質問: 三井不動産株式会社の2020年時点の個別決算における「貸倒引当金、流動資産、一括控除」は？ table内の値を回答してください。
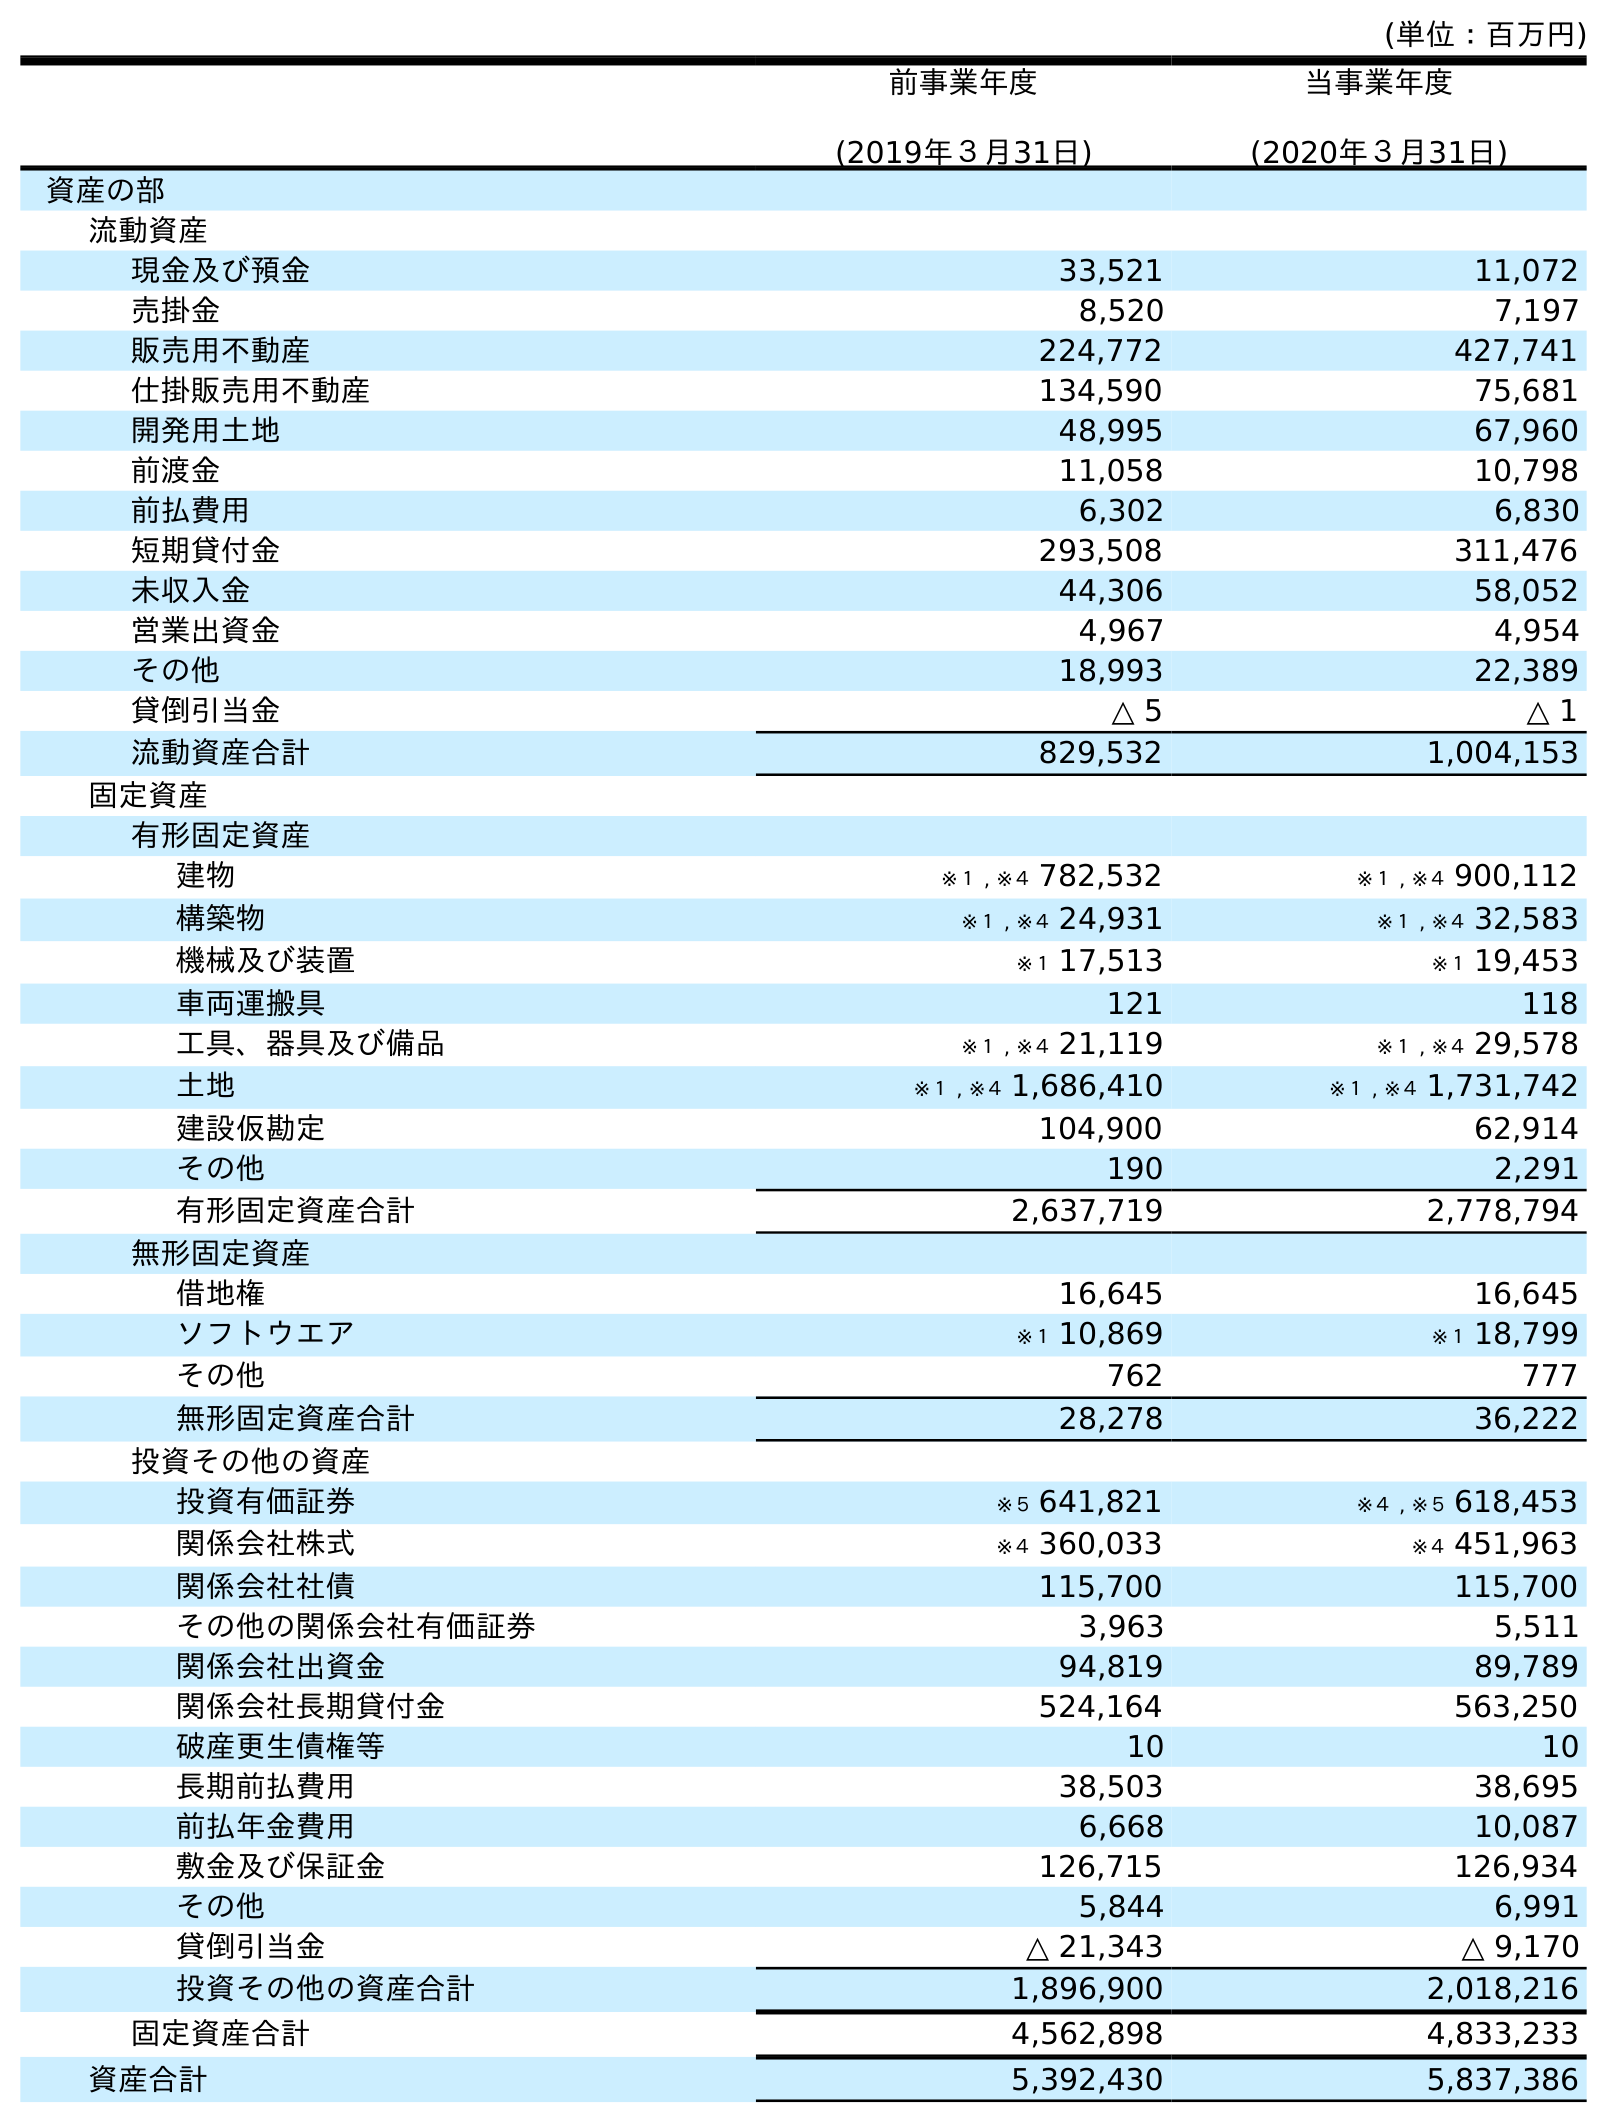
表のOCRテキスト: (単位：百万円) 前事業年度 (2019年３月31日) 当事業年度 (2020年３月31日) 資産の部 流動資産 現金及び預金 33,521 11,072 売掛金 8,520 7,197 販売用不動産 224,772 427,741 仕掛販売用不動産 134,590 75,681 開発用土地 48,995 67,960 前渡金 11,058 10,798 前払費用 6,302 6,830 短期貸付金 293,508 311,476 未収入金 44,306 58,052 営業出資金 4,967 4,954 その他 18,993 22,389 貸倒引当金 △ 5 △ 1 流動資産合計 829,532 1,004,153 固定資産 有形固定資産 建物 ※１ , ※４ 782,532 ※１ , ※４ 900,112 構築物 ※１ , ※４ 24,931 ※１ , ※４ 32,583 機械及び装置 ※１ 17,513 ※１ 19,453 車両運搬具 121 118 工具、器具及び備品 ※１ , ※４ 21,119 ※１ , ※４ 29,578 土地 ※１ , ※４ 1,686,410 ※１ , ※４ 1,731,742 建設仮勘定 104,900 62,914 その他 190 2,291 有形固定資産合計 2,637,719 2,778,794 無形固定資産 借地権 16,645 16,645 ソフトウエア ※１ 10,869 ※１ 18,799 その他 762 777 無形固定資産合計 28,278 36,222 投資その他の資産 投資有価証券 ※５ 641,821 ※４ , ※５ 618,453 関係会社株式 ※４ 360,033 ※４ 451,963 関係会社社債 115,700 115,700 その他の関係会社有価証券 3,963 5,511 関係会社出資金 94,819 89,789 関係会社長期貸付金 524,164 563,250 破産更生債権等 10 10 長期前払費用 38,503 38,695 前払年金費用 6,668 10,087 敷金及び保証金 126,715 126,934 その他 5,844 6,991 貸倒引当金 △ 21,343 △ 9,170 投資その他の資産合計 1,896,900 2,018,216 固定資産合計 4,562,898 4,833,233 資産合計 5,392,430 5,837,386
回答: △1